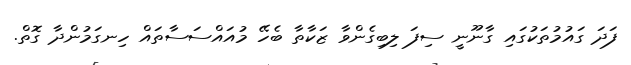
ފަދަ ގައުމުތަކުގައި ގާނޫނީ ސިފަ ލިބިގެންވާ ޒަކާތާ ބެހޭ މުއައްސަސާތައް ހިނގަމުންދާ ގޮތް.